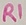
Text: R1